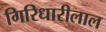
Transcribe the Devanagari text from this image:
गिरिधारीलाल